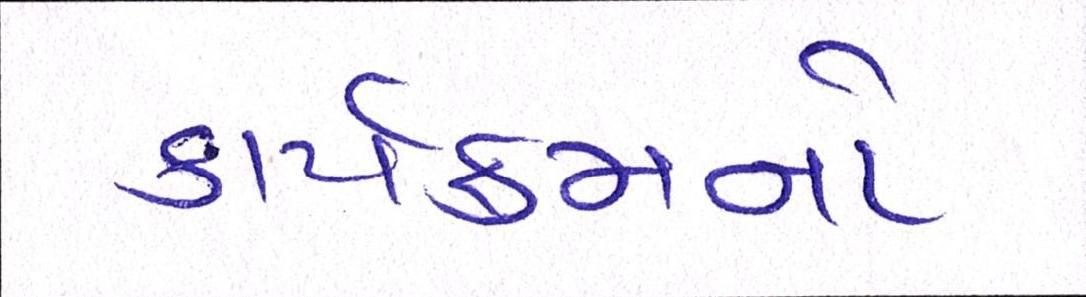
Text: કાર્યક્રમનો